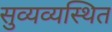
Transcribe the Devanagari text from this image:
सुव्यव्यस्थित